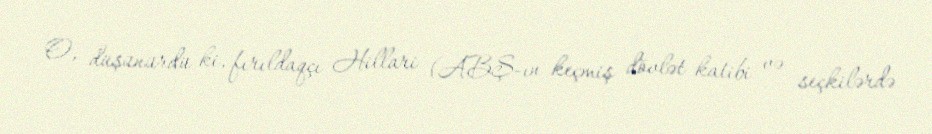
O, düşünürdü ki, fırıldaqçı Hillari (ABŞ-ın keçmiş dövlət katibi və seçkilərdə